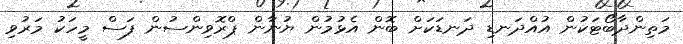
މަތިންދާބޯޓަކުން އުއްދަނޑި ދަނޑަކަށް ބޮން އެޅުމުން ޔުނާން ޕްރޮވިންސުން ފަސް މީހަކު މަރުވި